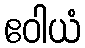
ဧဝါယံ